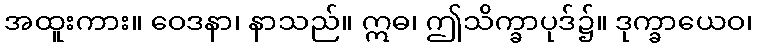
အထူးကား။ ဝေဒနာ၊ နာသည်။ ဣဓ၊ ဤသိက္ခာပုဒ်၌။ ဒုက္ခာယေဝ၊